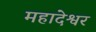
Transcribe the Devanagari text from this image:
महादेश्वर